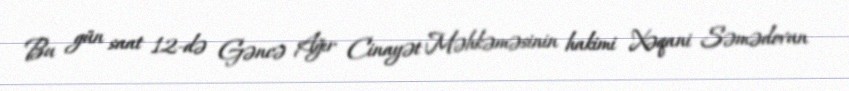
Bu gün saat 12-də Gəncə Ağır Cinayət Məhkəməsinin hakimi Xəqani Səmədovun